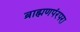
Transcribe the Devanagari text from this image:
ब्राह्मणपंरपरा